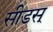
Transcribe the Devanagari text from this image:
सीडस्